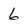
Character: 6